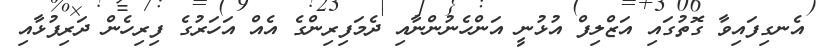
އެނގިފައިވާ ގޮތުގައި އަޒްލިފް އުޅުނީ އަންހެނުންނާއި ދެމަފިރިންގެ އެއް އަހަރުގެ ފިރިހެން ދަރިފުޅާއި